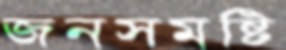
জনসমষ্টি